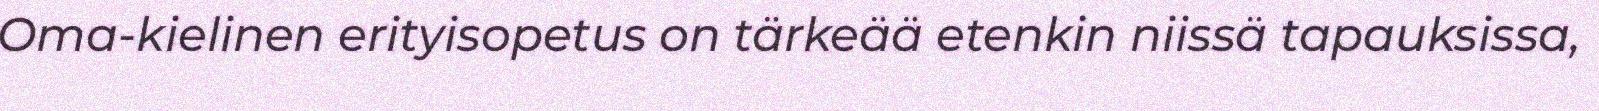
Oma-kielinen erityisopetus on tärkeää etenkin niissä tapauksissa,